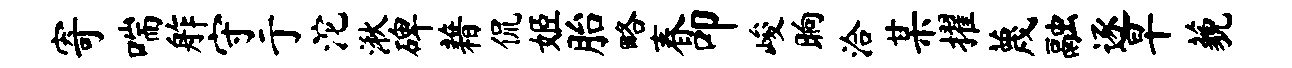
寄喘舴守亍沱湫碑藉侃姬胎略春叩峻晌洽某擢蔑融逐早藐